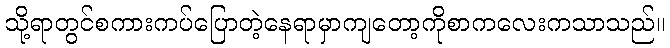
သို့ရာတွင်စကားကပ်ပြောတဲ့နေရာမှာကျတော့ကိုစာကလေးကသာသည်။